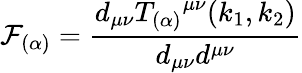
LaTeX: \mathcal{F}_{(\alpha)}=\frac{{d_{\mu\nu}{T_{(\alpha)}}^{\mu\nu}(k_{1},k_{2})}}{{d_{\mu\nu}d^{\mu\nu}}}